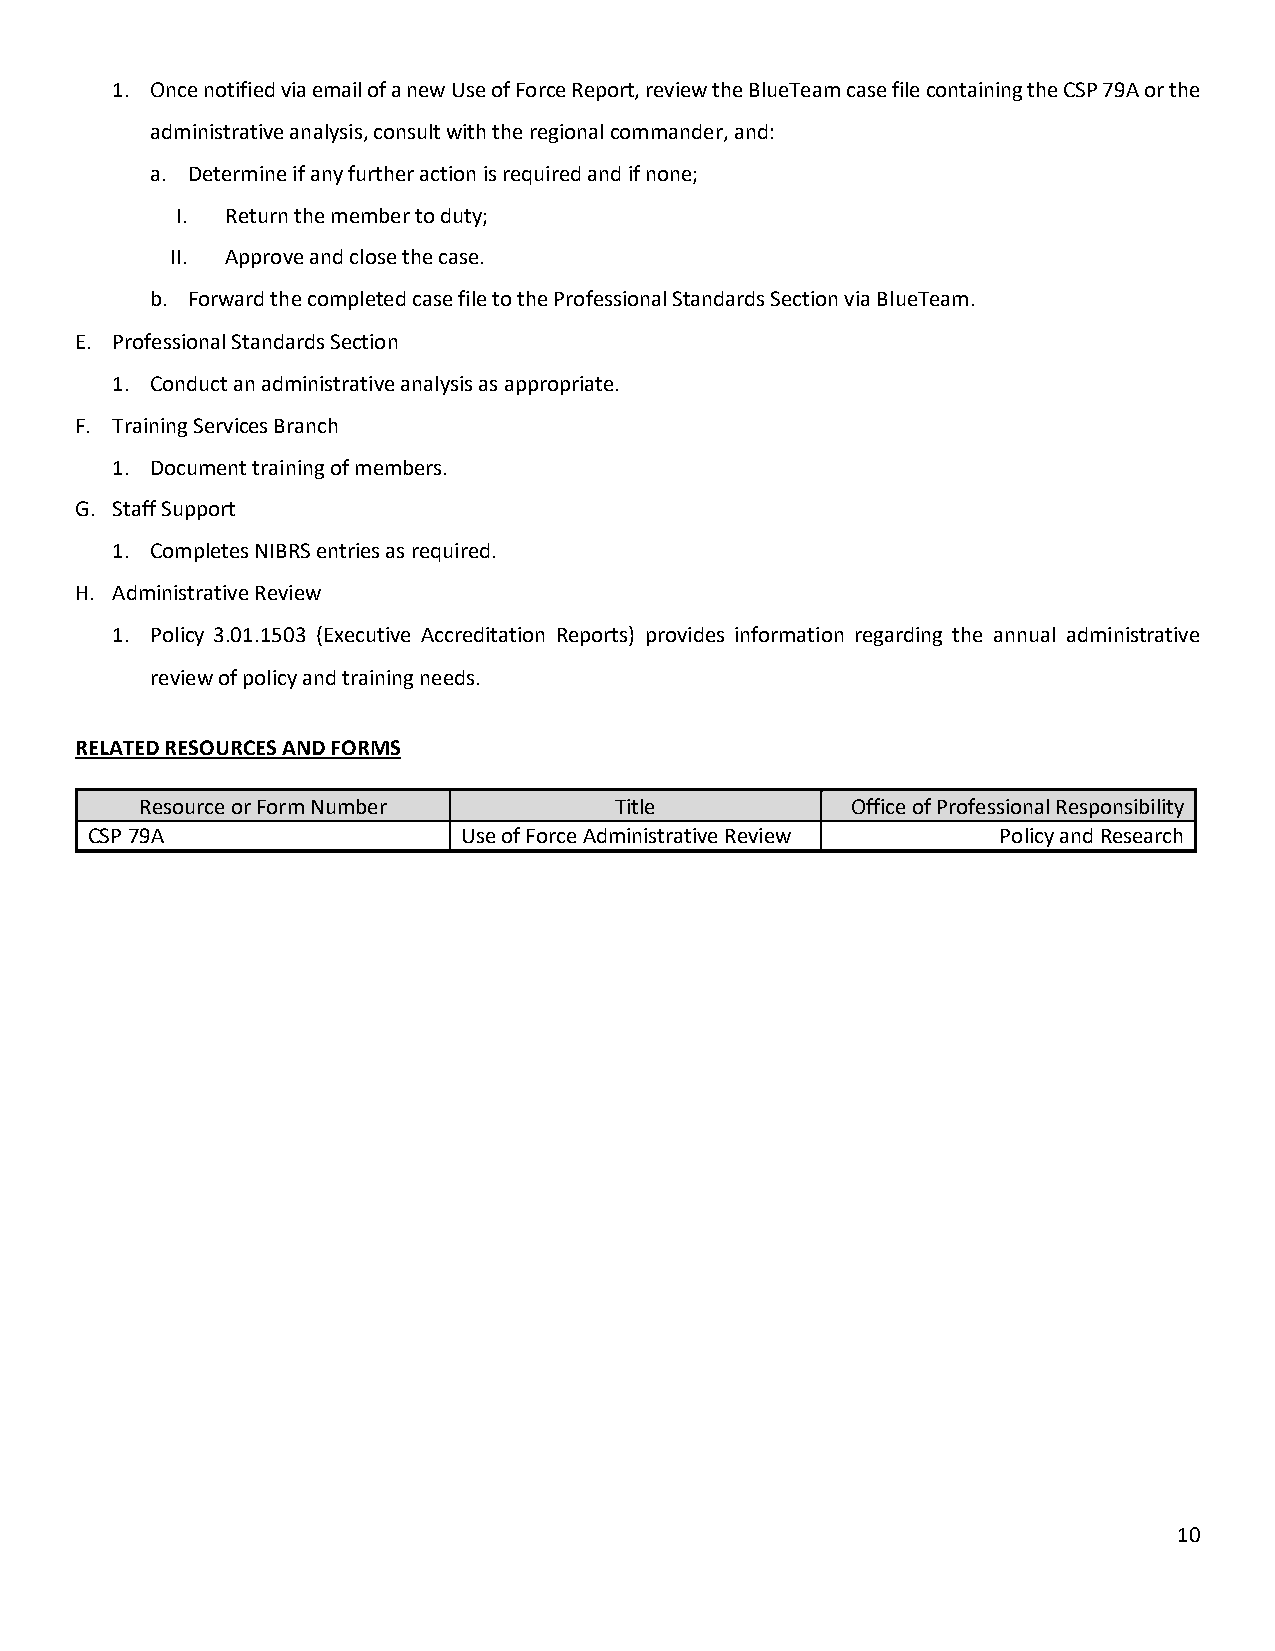
1. Once notified via email of a new Use of Force Report, review the BlueTeam case file containing the CSP 79A or the
 administrative analysis, consult with the regional commander, and:
 a. Determine if any further action is required and if none;
 I. Return the member to duty;
 II. Approve and close the case.
 b. Forward the completed case file to the Professional Standards Section via BlueTeam.
 E. Professional Standards Section
 1. Conduct an administrative analysis as appropriate.
 F. Training Services Branch
 1. Document training of members.
 G. Staff Support
 1. Completes NIBRS entries as required.
 H. Administrative Review
 1. Policy 3.01.1503 (Executive Accreditation Reports) provides information regarding the annual administrative
 review of policy and training needs.
 RELATED RESOURCES AND FORMS
 Resource or Form Number         Title          Office of Professional Responsibility
 CSP 79A                  Use of Force Administrative Review Policy and Research
 10